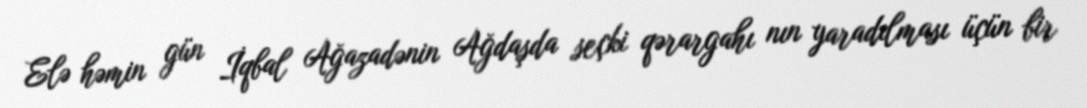
Elə həmin gün İqbal Ağazadənin Ağdaşda seçki qərargahı nın yaradılması üçün bir